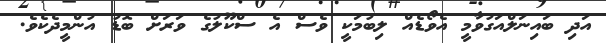
އަދި ބައިނަލްއަގުވާމީ އެވޯޑެއް ލިބުމަކީ ވެސް އެ ސްކޫލުގެ ވަރަށް ބޮޑު އުންމީދެކެވެ.